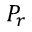
P _ { r }